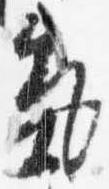
気